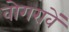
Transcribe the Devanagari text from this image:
वोगरावें